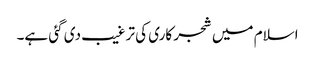
اسلام میں شجر کاری کی ترغیب دی گئی ہے۔